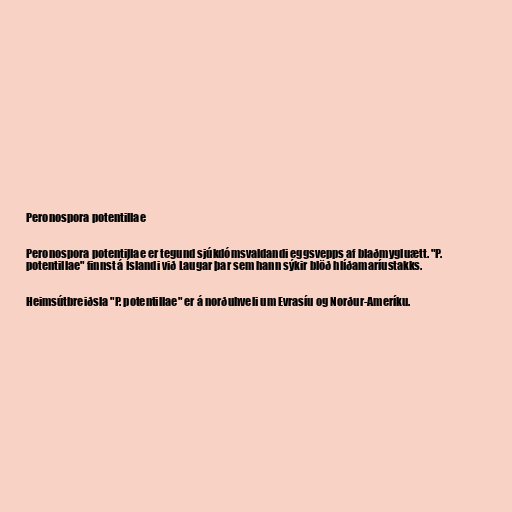
Peronospora potentillae

Peronospora potentillae er tegund sjúkdómsvaldandi eggsvepps af blaðmygluætt. "P.
potentillae" finnst á Íslandi við Laugar þar sem hann sýkir blöð hlíðamaríustakks.

Heimsútbreiðsla "P. potentillae" er á norðuhveli um Evrasíu og Norður-Ameríku.